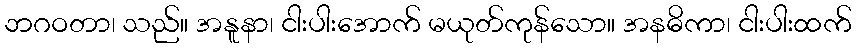
ဘဂဝတာ၊ သည်။ အနူနာ၊ ငါးပါးအောက် မယုတ်ကုန်သော။ အနဓိကာ၊ ငါးပါးထက်